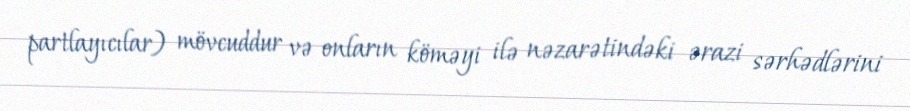
partlayıcılar) mövcuddur və onların köməyi ilə nəzarətindəki ərazi sərhədlərini